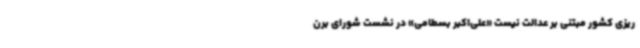
ریزی کشور مبتنی بر عدالت نیست «علی‌اکبر بسطامی» در نشست شورای برن